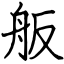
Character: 舨